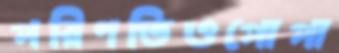
পরিণতিওপোপা